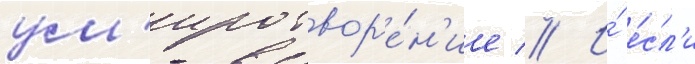
ум'иротвор'е́н'ие // И́ е́сл'и